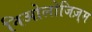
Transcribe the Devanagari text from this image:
निओलोजिज़्म